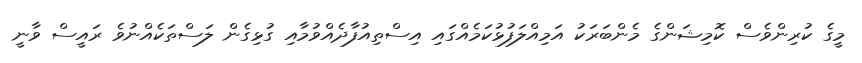
މީގެ ކުރިންވެސް ކޮމިޝަންގެ މެންބަރަކު އަމިއްލަފުޅުކަމެއްގައި އިސްތިއުފާދެއްވުމާއި ގުޅިގެން ލަސްތަކެއްނުވެ ރައީސް ވާނީ